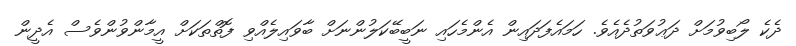
ދެކެ ލޯބިވުމަށް ދަޢުވަތުދެއެވެ. ހަމައެފަދައިން އެންމެހައި ނަބީބޭކަލުންނަށް ބާވައިލެއްވި ފޮތްތަކަށް އީމާންވުންވެސް އެދީން